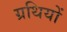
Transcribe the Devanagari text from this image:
ग्रथियों